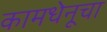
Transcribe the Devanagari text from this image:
कामधेनूचा